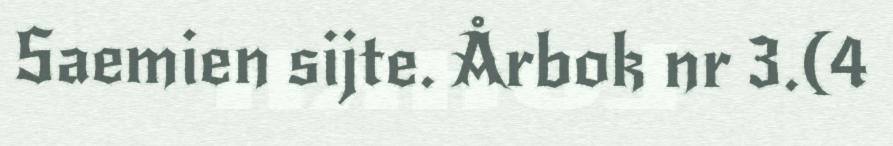
Saemien sijte. Årbok nr 3.(4